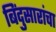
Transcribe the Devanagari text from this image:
बिंदुसारांचा